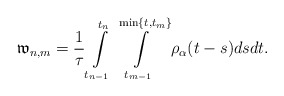
\begin{align*} \mathfrak{w}_{n,m}=\frac{1}{\tau}\int\limits_{t_{n-1}}^{t_{n}} \int\limits_{t_{m-1}}^{\min\{t,t_{m}\}}\rho_{\alpha}(t-s)dsdt. \end{align*}